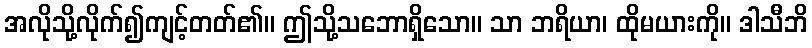
အလိုသို့လိုက်၍ကျင့်တတ်၏။ ဤသို့သဘောရှိသော။ သာ ဘရိယာ၊ ထိုမယားကို။ ဒါသီဘိ